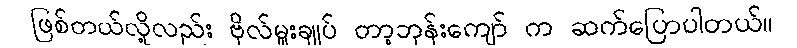
ဖြစ်တယ်လို့လည်း ဗိုလ်မှူးချုပ် တာ့ဘုန်းကျော် က ဆက်ပြောပါတယ်။